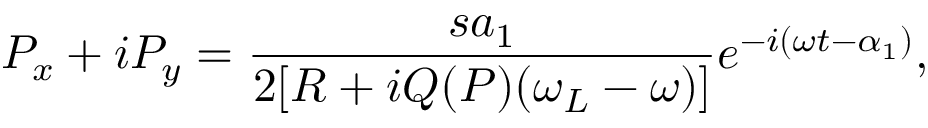
P _ { x } + i P _ { y } = \frac { s a _ { 1 } } { 2 [ R + i Q ( P ) ( \omega _ { L } - \omega ) ] } e ^ { - i ( \omega t - \alpha _ { 1 } ) } ,